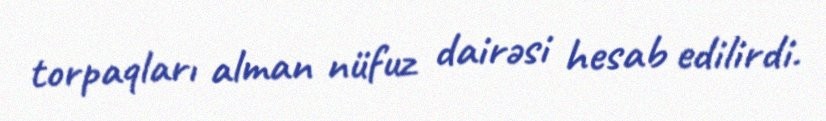
torpaqları alman nüfuz dairəsi hesab edilirdi.